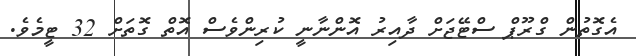
އެގޮތުން ގްރޫޕް ސްޓޭޖަށް ދާއިރު އޮންނާނީ ކުރިންވެސް އޮތް ގޮތަށް 32 ޓީމެވެ.